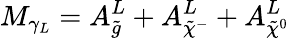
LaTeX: M_{\gamma_{L}}=A_{\tilde{g}}^{L}+A_{\tilde{\chi}^{-}}^{L}+A_{\tilde{\chi}^{0}}^{L}